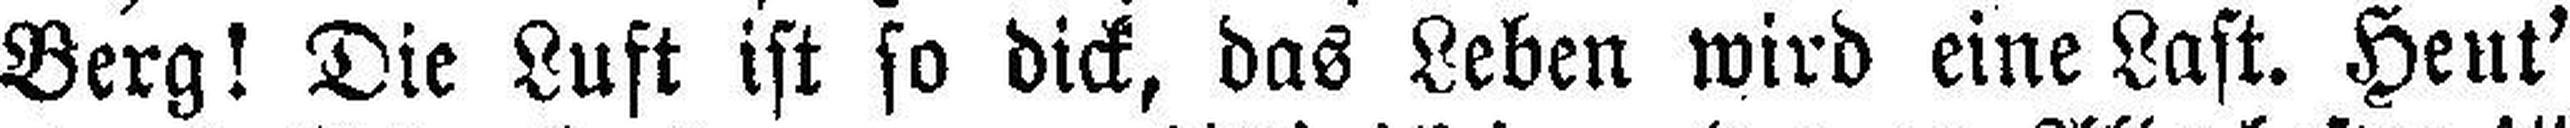
Berg! Die Luft ist so dick, das Leben wird eine Last. Heut'